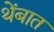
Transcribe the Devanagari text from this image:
थेंबात